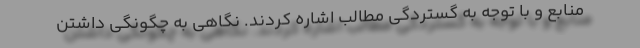
منابع و با توجه به گستردگی مطالب اشاره کردند. نگاهی به چگونگی داشتن